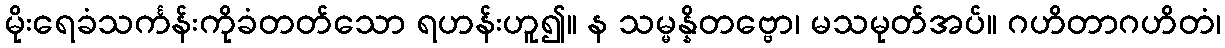
မိုးရေခံသင်္ကန်းကိုခံတတ်သော ရဟန်းဟူ၍။ န သမ္မန္နိတဗ္ဗော၊ မသမုတ်အပ်။ ဂဟိတာဂဟိတံ၊